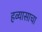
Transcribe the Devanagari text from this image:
हव्यासाचा